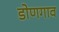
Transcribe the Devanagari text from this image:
डोणगाव